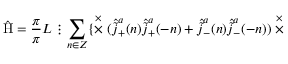
\hat { \mathrm { H } } = \frac { \pi } { \pi } { L } \vdots \sum _ { n \in \cal Z } \{ \stackrel { \times } { \times } ( \hat { \tilde { j } } _ { + } ^ { a } ( n ) \hat { \tilde { j } } _ { + } ^ { a } ( - n ) + \hat { \tilde { j } } _ { - } ^ { a } ( n ) \hat { \tilde { j } } _ { - } ^ { a } ( - n ) ) \stackrel { \times } { \times }